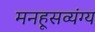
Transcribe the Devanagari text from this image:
मनहूसव्यंग्य